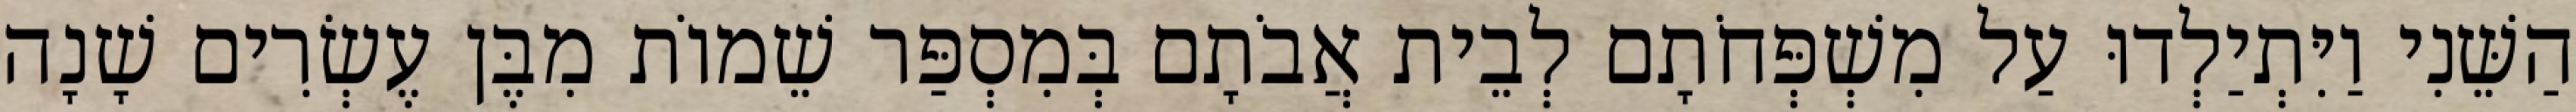
הַשֵּׁנִי וַיִּתְיַלְדוּ עַל מִשְׁפְּחֹתָם לְבֵית אֲבֹתָם בְּמִסְפַּר שֵׁמוֹת מִבֶּן עֶשְׂרִים שָׁנָה